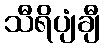
သီရိပျံချီ